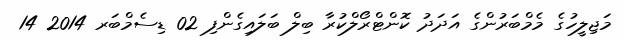
މަޖިލީހުގެ މެމްބަރުންގެ އަދަދު ކޮންޓްރޯލްކުރާ ބިލް ބަލައިގެންފި 02 ޑިސެމްބަރ 2014 14